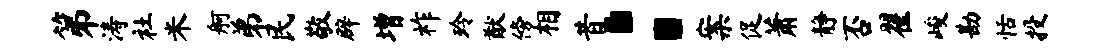
第涛社米舸弟民敬辟增祚玲猷傍相昔：案促萧静否翟峻勘恬投